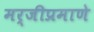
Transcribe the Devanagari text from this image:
मर्जीप्रमाणे